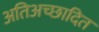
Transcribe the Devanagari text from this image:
अतिअच्छादित